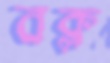
বক্ল